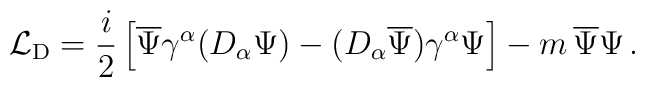
{\mathcal L}_{\rm D} = \frac{i}{2}\left[\overline{\Psi}\gamma^\alpha    (D_\alpha\Psi)- (D_\alpha\overline{\Psi})\gamma^\alpha\Psi  \right]-m\,\overline{\Psi}\Psi\,.